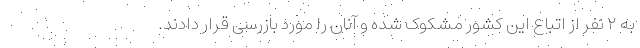
به ۲ نفر از اتباع این کشور مشکوک شده و آنان را مورد بازرسی قرار دادند.